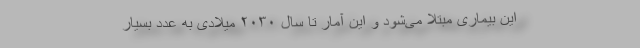
این بیماری مبتلا می‌شود و این آمار تا سال ۲۰۳۰ میلادی به عدد بسیار